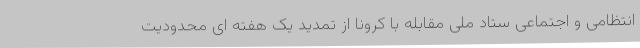
انتظامی و اجتماعی ستاد ملی مقابله با کرونا از تمدید یک هفته ای محدودیت